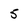
Character: 5